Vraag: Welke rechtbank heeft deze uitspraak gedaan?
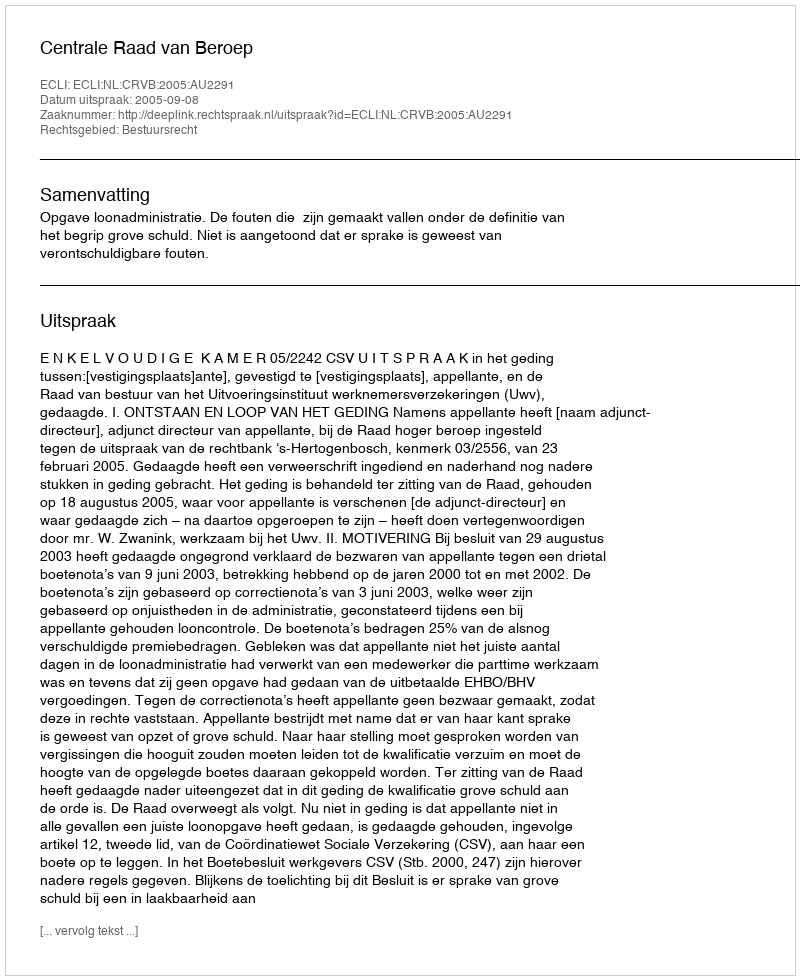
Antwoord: Centrale Raad van Beroep